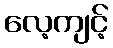
လေ့ကျင့်